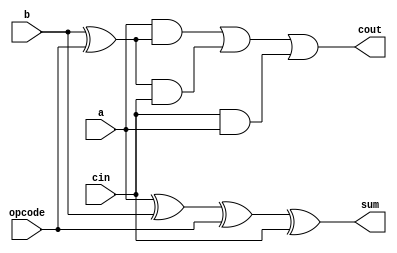
`timescale 1ns / 1ps
//////////////////////////////////////////////////////////////////////////////////
// Company: 
// Engineer: 
// 
// Design Name: 
// Module Name:    one_bit_add_sub 
// Project Name: 
// Target Devices: 
// Tool versions: 
// Description: 
//
// Dependencies: 
//
// Revision: 
// Revision 0.01 - File Created
// Additional Comments: Authored by Mainak Chaudhuri
//
//////////////////////////////////////////////////////////////////////////////////
module one_bit_add_sub(a, b, opcode, cin, sum, cout
    );
	 
	 input a, b, opcode, cin;
	 output sum, cout;
	 wire sum, cout;
	 
	 assign sum = a^b^opcode^cin;
	 assign cout = (a & (b^opcode)) | ((b^opcode) & cin) | (cin & a);

endmodule